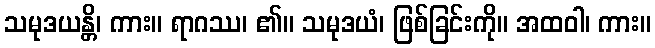
သမုဒယန္တိ၊ ကား။ ရာဂဿ၊ ၏။ သမုဒယံ၊ ဖြစ်ခြင်းကို။ အထဝါ၊ ကား။